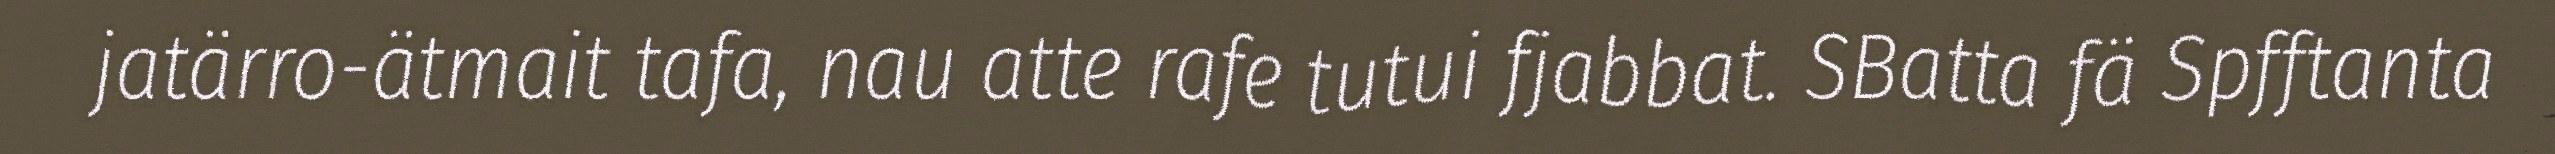
jatärro-ätmait tafa, nau atte rafe tutui fjabbat. SBatta fä Spfftanta